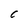
Character: C